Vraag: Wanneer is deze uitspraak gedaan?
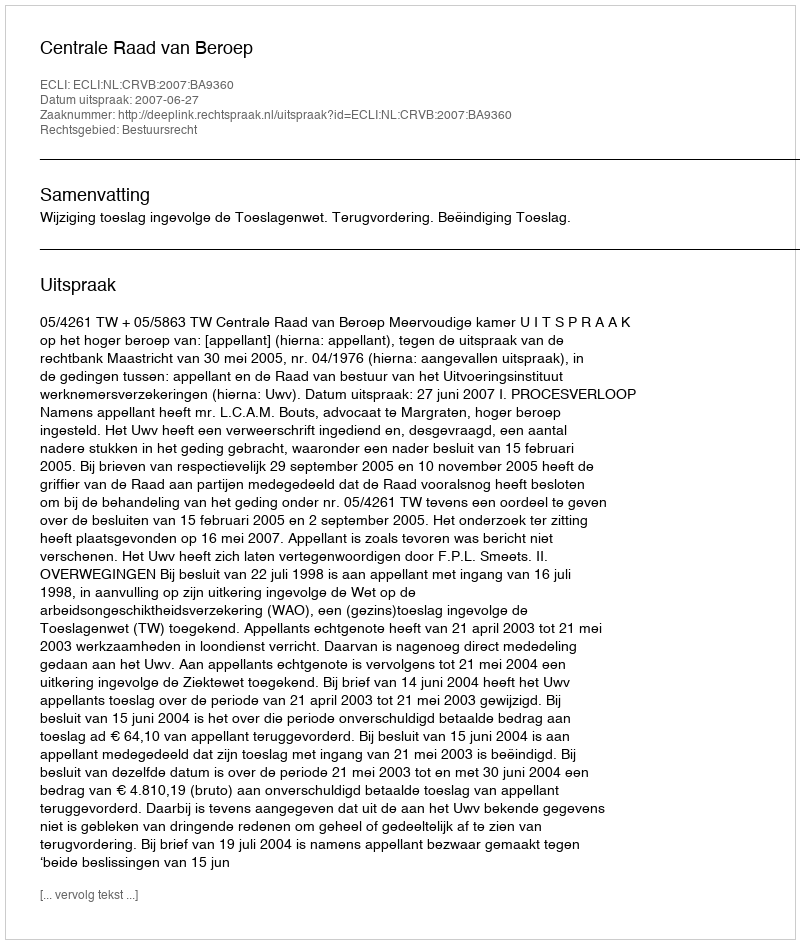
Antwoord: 2007-06-27